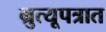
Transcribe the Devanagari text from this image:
म्रुत्यूपत्रात